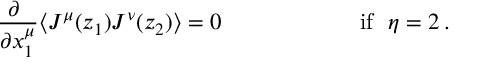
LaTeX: \begin{array} { c c } { { \displaystyle { \frac { \partial ~ } { \partial x _ { 1 } ^ { \mu } } } \langle J ^ { \mu } ( z _ { 1 } ) J ^ { \nu } ( z _ { 2 } ) \rangle = 0 ~ ~ ~ ~ ~ ~ } } & { { ~ ~ ~ ~ ~ ~ ~ ~ ~ \mathrm { i f ~ ~ } \eta = 2 \, . } } \end{array}